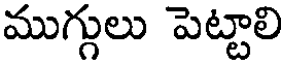
ముగ్గులు పెట్టాలి